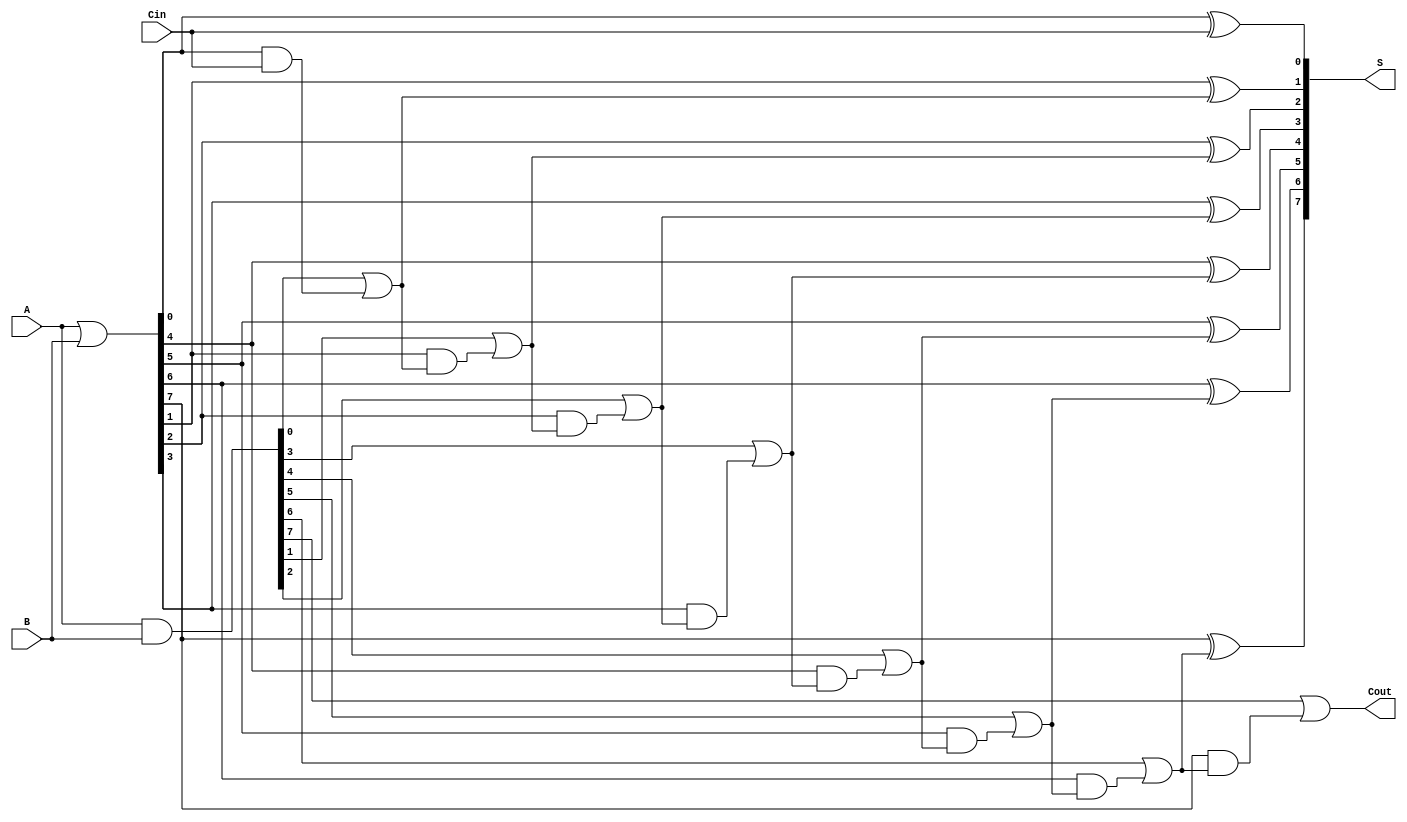
module brent_kung_adder #(parameter n = 8) (
    input  [n-1:0] A,      // First n-bit input
    input  [n-1:0] B,      // Second n-bit input
    input          Cin,     // Carry-in
    output [n-1:0] S,      // n-bit sum output
    output         Cout     // Carry-out
);

    // Generate and Propagate signals
    wire [n-1:0] G; // Generate signals
    wire [n-1:0] P; // Propagate signals
    wire [n:0] C;   // Carry signals (C[0] = Cin)

    // Generate and Propagate calculations
    assign G = A & B;          // G[i] = A[i] AND B[i]
    assign P = A | B;          // P[i] = A[i] OR B[i]
    
    // Carry signals initialization
    assign C[0] = Cin;         // Initial carry-in

    // Stage 1: Calculate carries
    genvar i;
    generate
        for (i = 0; i < n; i = i + 1) begin : carry_generation
            if (i == 0) begin
                assign C[i + 1] = G[i] | (P[i] & C[i]); // C[1] = G[0] OR (P[0] AND C[0])
            end else begin
                assign C[i + 1] = G[i] | (P[i] & C[i]); // C[i+1] = G[i] OR (P[i] AND C[i])
            end
        end
    endgenerate

    // Sum calculation
    generate
        for (i = 0; i < n; i = i + 1) begin : sum_calculation
            assign S[i] = P[i] ^ C[i]; // S[i] = P[i] XOR C[i]
        end
    endgenerate

    // Final carry-out
    assign Cout = C[n]; // Cout = C[n]

endmodule